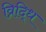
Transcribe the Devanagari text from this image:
व्रिद्धि